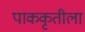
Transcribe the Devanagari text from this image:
पाककृतीला